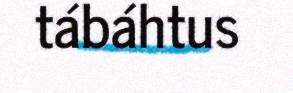
tábáhtus